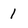
Character: 1